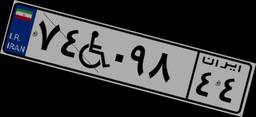
۳۵W۱۲۸۸۷